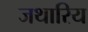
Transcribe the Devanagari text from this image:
जथारिय